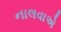
નાલવાએ